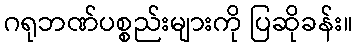
ဂရုဘဏ်ပစ္စည်းများကို ပြဆိုခန်း။